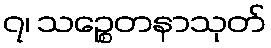
၇၊ သဉ္စေတနာသုတ်